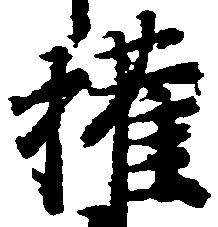
権